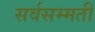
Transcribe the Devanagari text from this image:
सर्वसम्मती